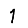
Digit: 1